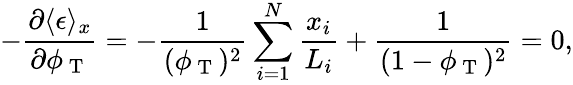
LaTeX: -\frac{\partial\langle\epsilon\rangle_{x}}{\partial\phi_{\mathrm{~T~}}}=-\frac{1}{(\phi_{\mathrm{~T~}})^{2}}\sum_{i=1}^{N}\frac{x_{i}}{L_{i}}+\frac{1}{(1-\phi_{\mathrm{~T~}})^{2}}=0,